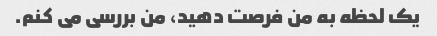
یک لحظه به من فرصت دهید، من بررسی می کنم.